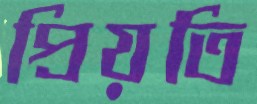
প্রিয়তি